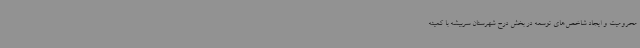
محرومیت و ایجاد شاخص‌های توسعه در بخش درح شهرستان سربیشه با کمیته